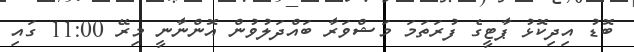
ބޮޑު އިދިކޮޅު ޕާޓީގެ ފުރަތަމަ މަޝްވަރާ ބައްދަލުވުން އޮންނާނީ މިރޭ 11:00 ގައި